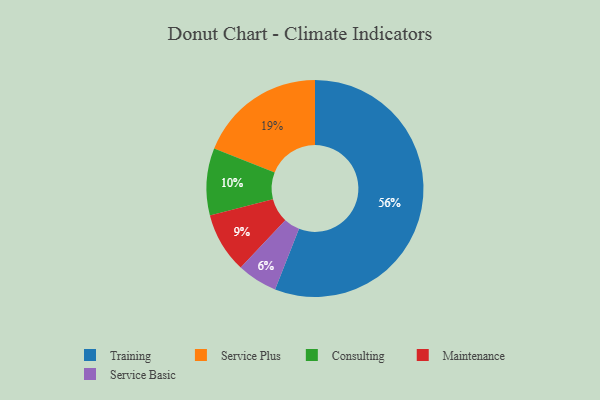
{"axis": {"x": "Category", "y": "Percentage"}, "legend": ["Consulting", "Maintenance", "Service Basic", "Service Plus", "Training"], "data": [{"x": "Consulting", "y": 10, "type": "Consulting"}, {"x": "Service Basic", "y": 6, "type": "Service Basic"}, {"x": "Service Plus", "y": 19, "type": "Service Plus"}, {"x": "Training", "y": 56, "type": "Training"}, {"x": "Maintenance", "y": 9, "type": "Maintenance"}]}